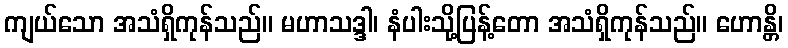
ကျယ်သော အသံရှိကုန်သည်။ မဟာသဒ္ဒါ၊ နံပါးသို့ပြန့်တော အသံရှိကုန်သည်။ ဟောန္တိ၊